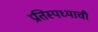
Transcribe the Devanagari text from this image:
प्रतिस्पध्याची